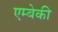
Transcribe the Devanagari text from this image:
एम्बेकी